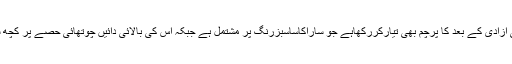
اس تنظیم نے اپنی آزادی کے بعد کا پرچم بھی تیارکررکھاہے جو ساراکاساسبزرنگ پر مشتمل ہے جبکہ اس کی بالائی دائیں چوتھائی حصے پر کچھ ستارے بنے ہیں ۔